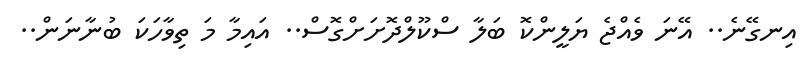
އިނގޭނެ.. އޭނަ ވެއްޖެ ޔަލީންކޮ ބަލާ ސްކޫލްދޮށަށްގޮސް.. އައިމާ މަ ތިވާހަކަ ބުނާނަން..